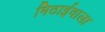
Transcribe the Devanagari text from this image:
मिठार्इवाला